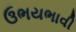
ઉભયભાવી